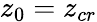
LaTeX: z_{0}=z_{cr}